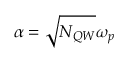
\alpha = \sqrt { N _ { Q W } } \omega _ { p }